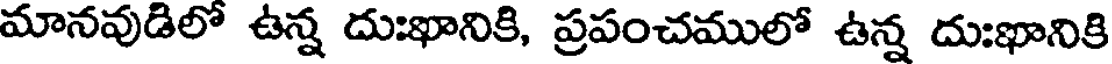
మానవుడిలో ఉన్న దుఃఖానికి, ప్రపంచములో ఉన్న దుఃఖానికి